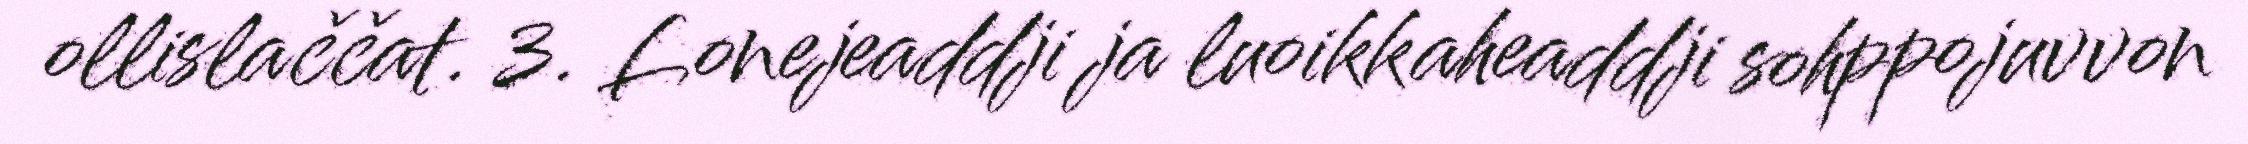
ollislaččat. 3. Lonejeaddji ja luoikkaheaddji sohppojuvvon